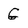
Character: G